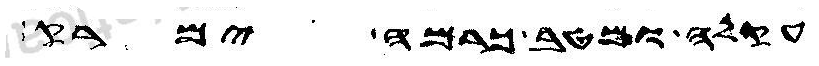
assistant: עקלה ומטב כרמה ימרק